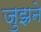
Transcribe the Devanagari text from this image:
जुझने